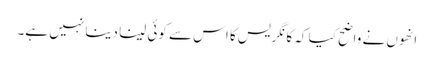
انھوں نے واضح کیا کہ کانگریس کا اس سے کوئی لینا دینا نہیں ہے۔